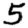
Digit: 5